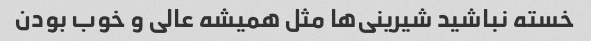
خسته نباشید شیرینی‌ها مثل همیشه عالی و خوب بودن